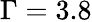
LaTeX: \Gamma=3.8